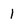
Character: 1